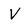
Character: V